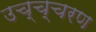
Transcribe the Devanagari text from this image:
उच्च्चरण